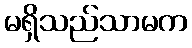
မရှိသည်သာမက